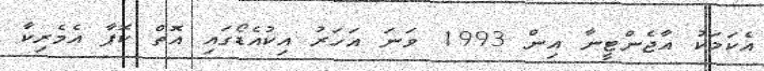
އެކަމަކު އާޖެންޓީނާ އިން 1993 ވަނަ އަހަރު އިކުއެޑޯގައި އޮތް ކޮޕާ އެމެރިކާ